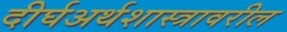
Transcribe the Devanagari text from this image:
दीर्घअर्थशास्त्रावरील